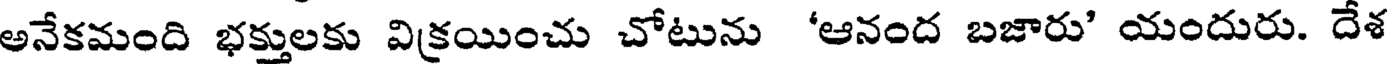
అనేకమంది భక్తులకు విక్రయించు చోటును 'ఆనంద బజారు' యందురు. దేశ